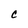
Character: C